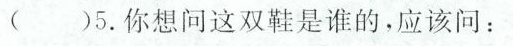
( )5.你想问这双鞋是谁的,应该问: